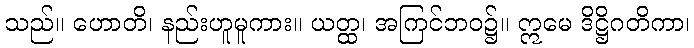
သည်။ ဟောတိ၊ နည်းဟူမူကား။ ယတ္ထ၊ အကြင်ဘဝ၌။ ဣမေ ဒိဋ္ဌိဂတိကာ၊